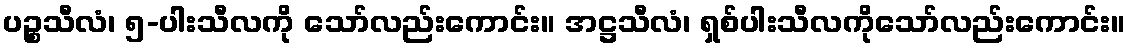
ပဉ္စသီလံ၊ ၅-ပါးသီလကို သော်လည်းကောင်း။ အဋ္ဌသီလံ၊ ရှစ်ပါးသီလကိုသော်လည်းကောင်း။